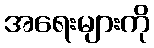
အရေးများကို